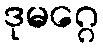
ဒုမဂ္ဂေ